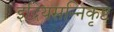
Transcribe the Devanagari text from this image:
इंद्रियसन्निकृष्ट